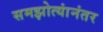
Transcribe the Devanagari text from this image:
समझोत्यांनंतर